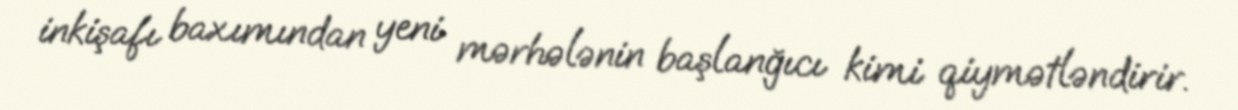
inkişafı baxımından yeni mərhələnin başlanğıcı kimi qiymətləndirir.